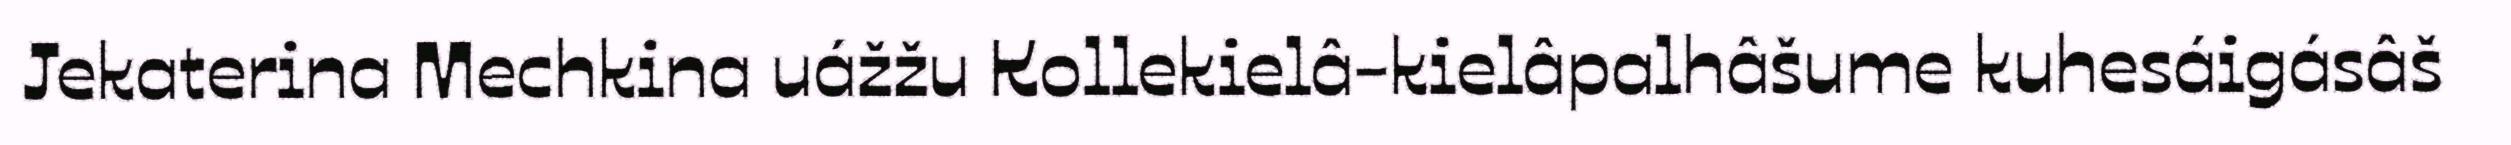
Jekaterina Mechkina uážžu Kollekielâ-kielâpalhâšume kuhesáigásâš